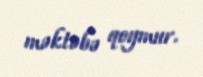
məktəbə qoymur.